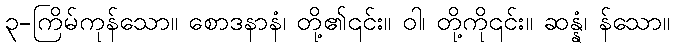
၃-ကြိမ်ကုန်သော။ စောဒနာနံ၊ တို့၏၎င်း။ ဝါ၊ တို့ကို၎င်း။ ဆန္နံ၊ န်သော။